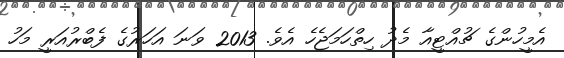
އެމީހުންގެ ޗުއްޓީއާ މެދު ހިތްހަމަޖެހެ އެވެ. 2013 ވަނަ އަހަރުގެ ފެބްރުއަރީ މަހު